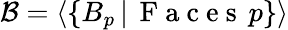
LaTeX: \mathcal{B}=\langle\{ B_{p}\, |\, \mathrm{~F~a~c~e~s~}\, p\} \rangle